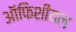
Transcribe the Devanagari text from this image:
ऑफिशीयल